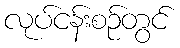
လုပ်ငန်းစဉ်တွင်